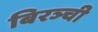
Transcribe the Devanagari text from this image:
बिरञ्ची